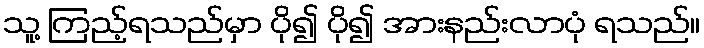
သူ့ ကြည့်ရသည်မှာ ပို၍ ပို၍ အားနည်းလာပုံ ရသည်။